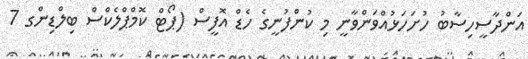
އަންދާސީހިސާބު ހުށަހަޅުއްވަންވާނީ މި ކުންފުނީގެ ހެޑް އޮފީސް (ޕޯޓް ކޮމްޕްލެކްސް ބިލްޑިންގ 7